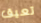
تعيق